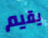
يقيم